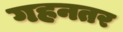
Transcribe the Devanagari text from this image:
गहनतर